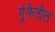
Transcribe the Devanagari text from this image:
गुंफेतील